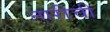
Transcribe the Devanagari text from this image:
नारीची